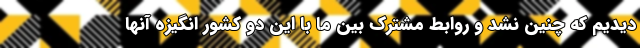
دیدیم که چنین نشد و روابط مشترك بين ما با اين دو كشور انگيزه آنها